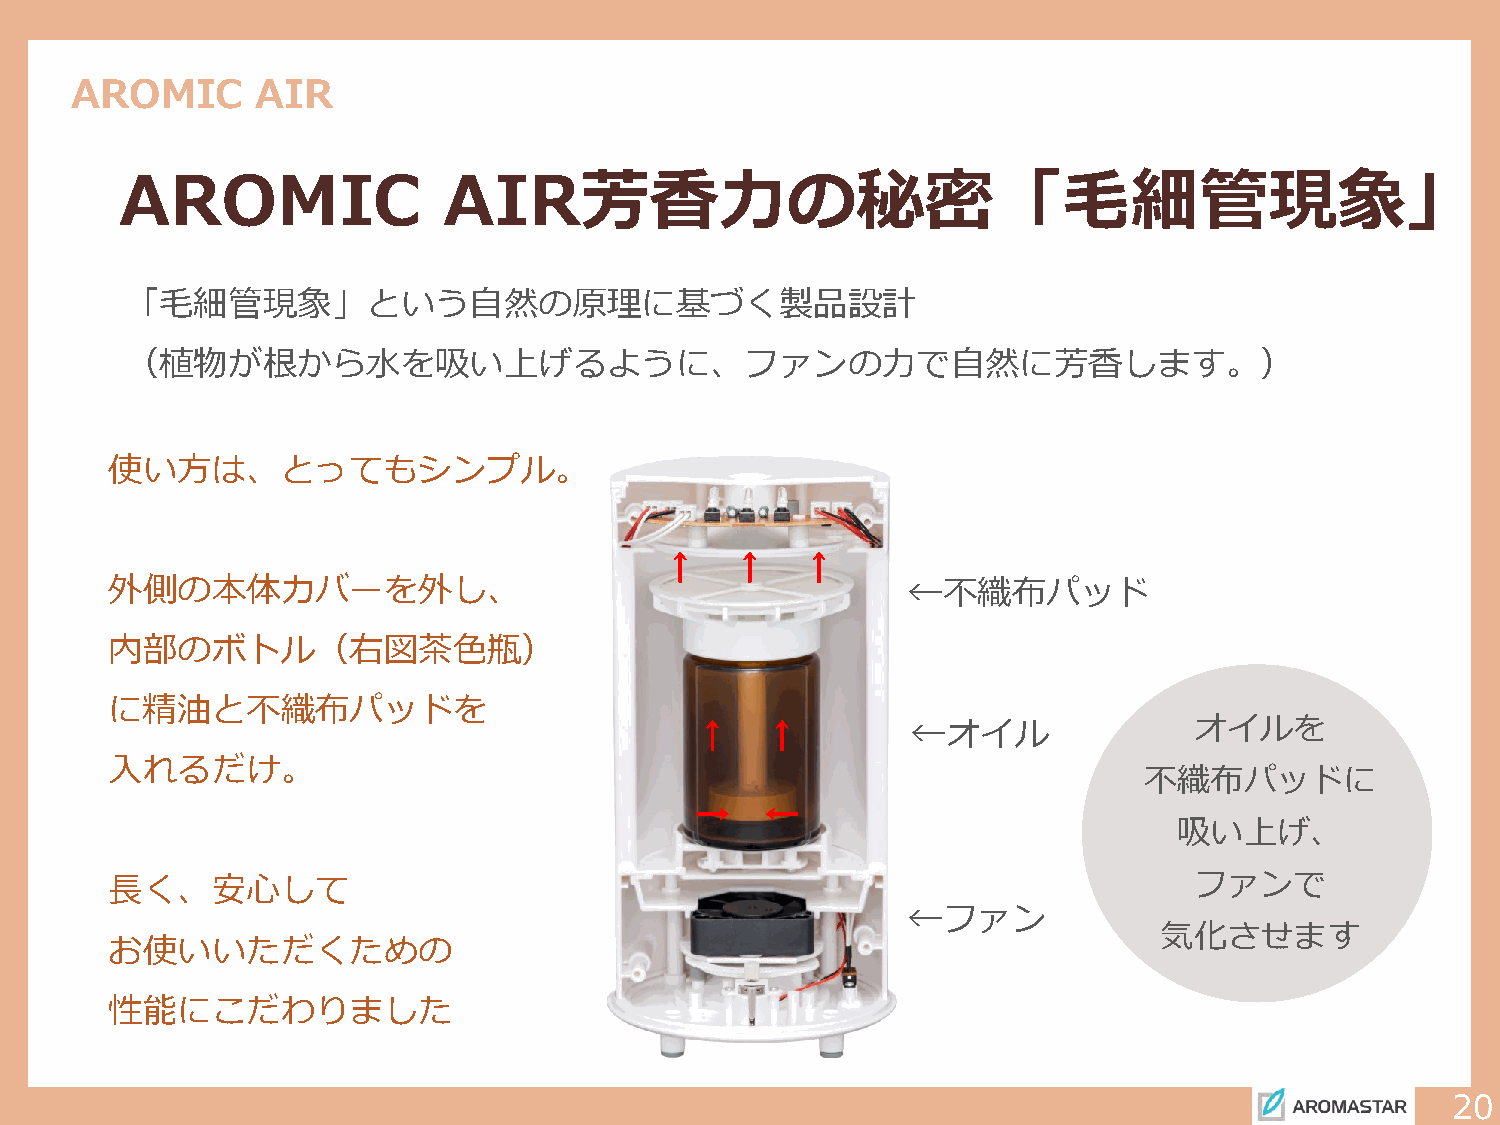
AROMIC      AIR
 AROMIC               AIR芳香力の秘密「毛細管現象」
 「毛細管現象」という自然の原理に基づく製品設計
 （植物が根から水を吸い上げるように、ファンの力で自然に芳香します。）
 使い方は、とってもシンプル。
 ↑   ↑    ↑
 外側の本体カバーを外し、                                         ←不織布パッド
 内部のボトル（右図茶色瓶）
 に精油と不織布パッドを
 ↑    ↑        ←オイル               オイルを
 入れるだけ。
 不織布パッドに
 →    ←
 吸い上げ、
 長く、安心して                                                                 ファンで
 ←ファン
 気化させます
 お使いいただくための
 性能にこだわりました
 20